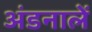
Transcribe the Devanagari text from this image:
अंडनालें